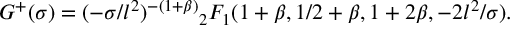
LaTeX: G ^ { + } ( \sigma ) = ( - \sigma / l ^ { 2 } ) ^ { - ( 1 + \beta ) } { } _ { 2 } F _ { 1 } ( 1 + \beta , 1 / 2 + \beta , 1 + 2 \beta , - 2 l ^ { 2 } / \sigma ) .